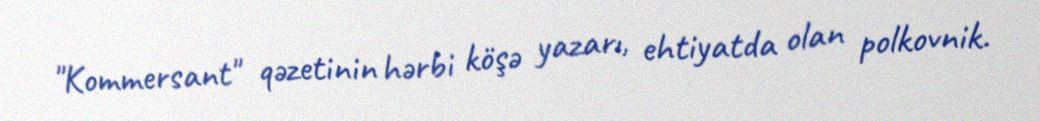
"Kommersant" qəzetinin hərbi köşə yazarı, ehtiyatda olan polkovnik.